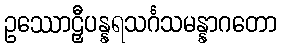
ဥဿောဠှီပန္နရသင်္ဂသမန္နာဂတော